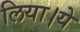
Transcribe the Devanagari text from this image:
लिया।ये